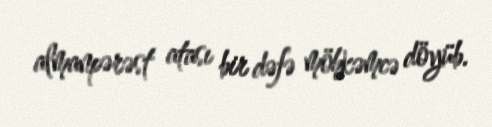
almanpərəst atası bir dəfə möhkəmcə döyüb.